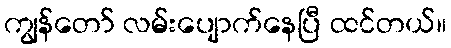
ကျွန်တော် လမ်းပျောက်နေပြီ ထင်တယ်။